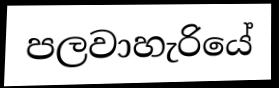
පලවාහැරියේ